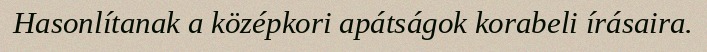
Hasonlítanak a középkori apátságok korabeli írásaira.